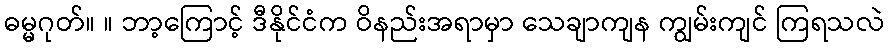
ဓမ္မဂုတ်။ ။ ဘာ့ကြောင့် ဒီနိုင်ငံက ဝိနည်းအရာမှာ သေချာကျန ကျွမ်းကျင် ကြရသလဲ